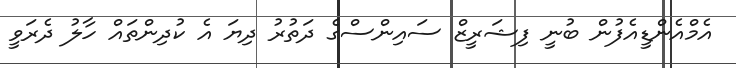
އެމްއެންޑީއެފުން ބުނީ ފިޝަރީޒް ސައިންސްގެ ދަތުރު ދިޔަ އެ ކުދިންތައް ހާލު ދެރަވީ